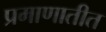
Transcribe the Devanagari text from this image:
प्रमाणातीत